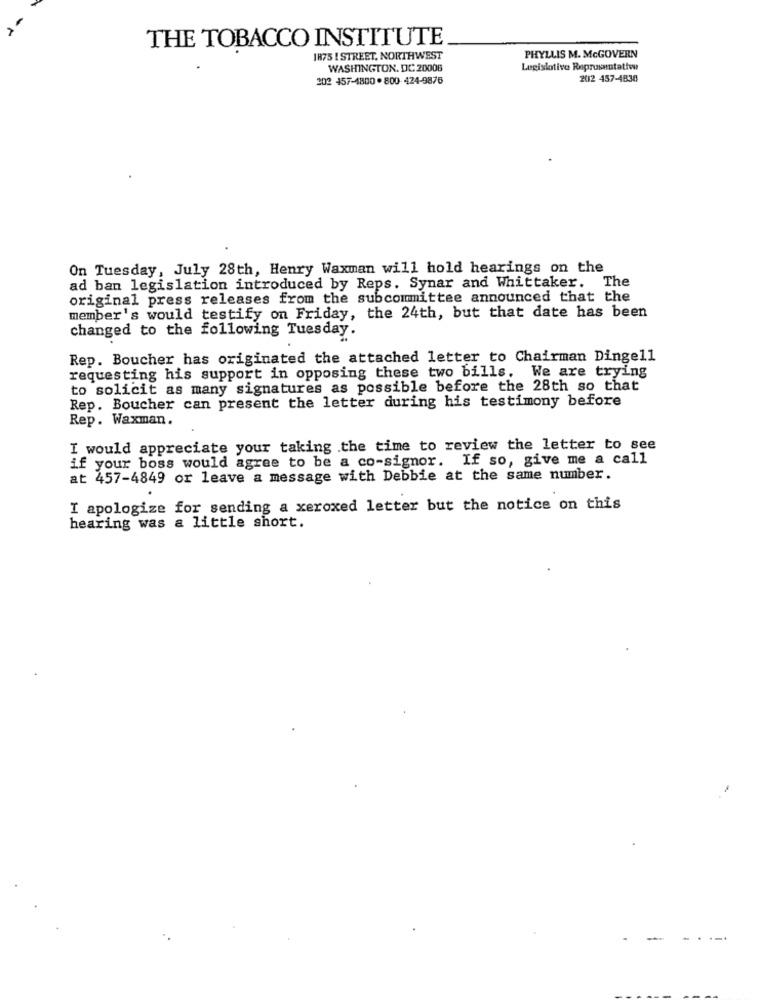
THE TOBACCO INSTITUTE
1875 ! STREET, NORTHWEST
PHYLLIS M. McGOVERN
WASHINGTON, DC 20006
Legislative Representative
202 457-4800 . 800-424-9876
202 457-4838
On Tuesday, July 28th, Henry Waxman will hold hearings on the
ad ban legislation introduced by Reps. Synar and Whittaker. The
original press releases from the subcommittee announced that the
member's would testify on Friday, the 24th, but that date has been
changed to the following Tuesday.
Rep. Boucher has originated the attached letter to Chairman Dingell
requesting his support in opposing these two bills.
We are trying
to solicit as many signatures as possible before the 28th so that
Rep. Boucher can present the letter during his testimony before
Rep. Waxman.
I would appreciate your taking the time to review the letter to see
if your boss would agree to be a co-signor. If so, give me a call
at 457-4849 or leave a message with Debbie at the same number.
I apologize for sending a xeroxed letter but the notice on this
hearing was a little short.